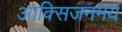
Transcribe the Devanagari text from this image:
आक्सिजनमय